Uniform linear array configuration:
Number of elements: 24
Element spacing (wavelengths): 0.5
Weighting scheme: exponential
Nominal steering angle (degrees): -30
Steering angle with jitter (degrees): -30.498
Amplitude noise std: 0.05
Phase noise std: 0.05

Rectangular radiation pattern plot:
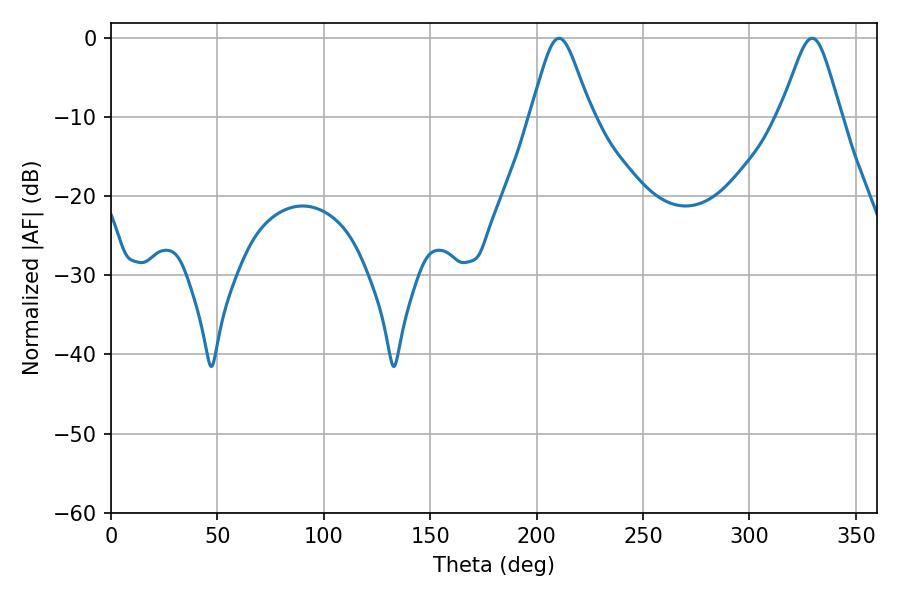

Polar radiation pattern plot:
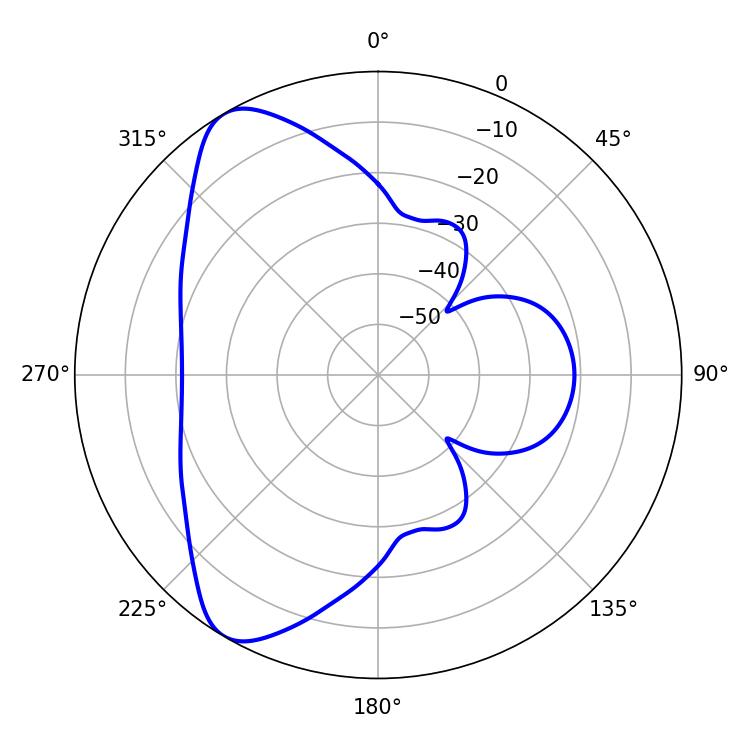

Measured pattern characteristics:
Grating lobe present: FALSE
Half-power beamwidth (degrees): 13.68
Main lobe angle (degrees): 210.6